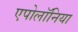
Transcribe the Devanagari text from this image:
एपोलॉनिया